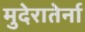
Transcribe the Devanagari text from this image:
मुदेरातेर्ना